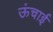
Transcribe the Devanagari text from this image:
ऊंचार्इ